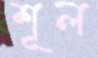
শূল